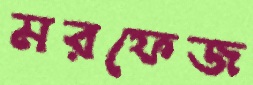
মরফেজ